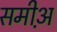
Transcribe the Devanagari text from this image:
समीअ़